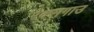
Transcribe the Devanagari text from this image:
रेक्सगाउ